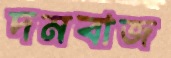
দমবাজ